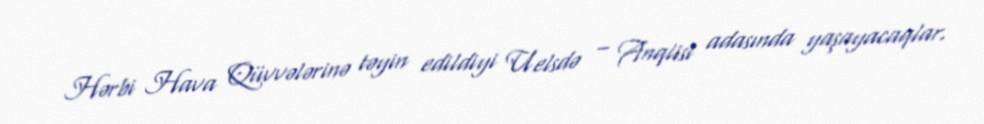
Hərbi Hava Qüvvələrinə təyin edildiyi Uelsdə – Anqlisi adasında yaşayacaqlar.